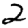
Digit: 2